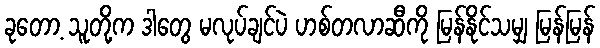
ခုတော့ သူတို့က ဒါတွေ မလုပ်ချင်ပဲ ဟစ်တလာဆီကို မြန်နိုင်သမျှ မြန်မြန်